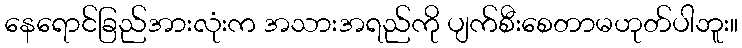
နေရောင်ခြည်အားလုံးက အသားအရည်ကို ပျက်စီးစေတာမဟုတ်ပါဘူး။